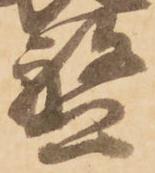
盤